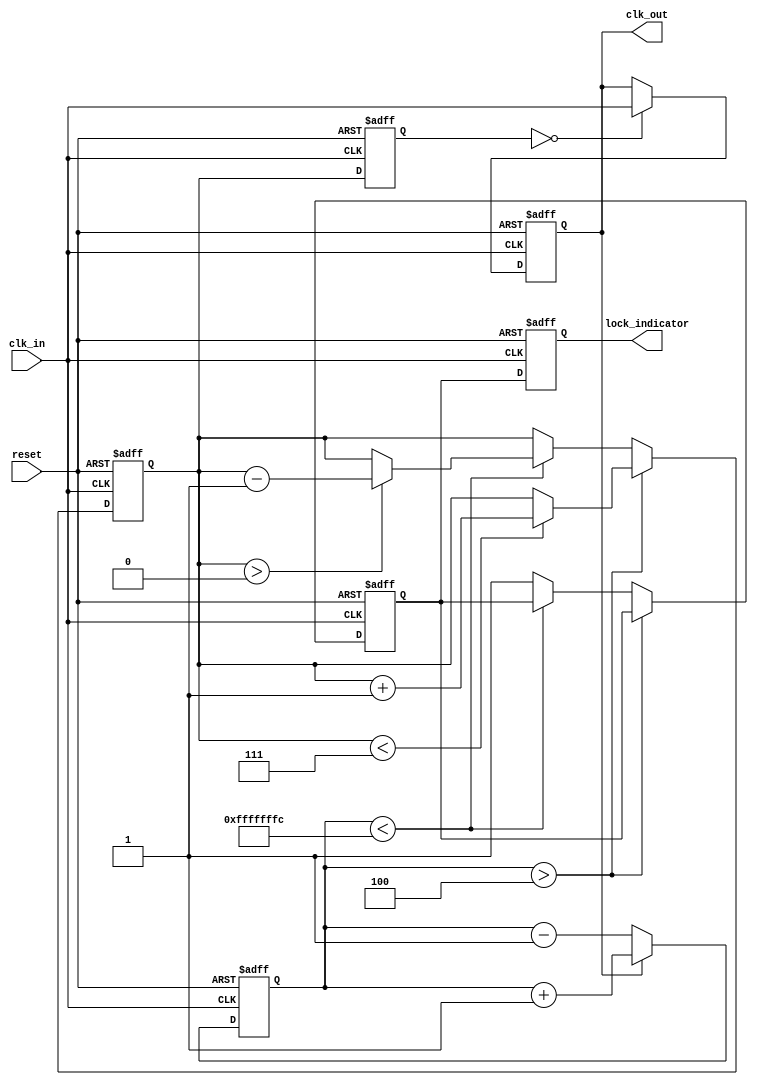
module MemoryBlocksDLL (
    input wire clk_in,          // Input clock signal
    input wire reset,           // Reset signal
    output reg clk_out,         // Output clock signal
    output reg lock_indicator    // Lock indicator signal
);

    // Parameters
    parameter NUM_DELAY_ELEMENTS = 8; // Number of delay elements
    parameter DELAY_STEP = 1;          // Delay step size

    // Internal signals
    reg [NUM_DELAY_ELEMENTS-1:0] delay_elements; // Delay elements (memory blocks)
    reg [3:0] phase_error;                    // Phase error signal
    reg [3:0] delay_control;                   // Control signal for delay adjustment
    reg [3:0] current_delay;                   // Current delay setting
    reg locked;                                // Lock status

    // Phase Detector
    always @(posedge clk_in or posedge reset) begin
        if (reset) begin
            phase_error <= 0;
        end else begin
            // Simple phase comparison logic (for illustration)
            if (clk_out) begin
                phase_error <= phase_error + 1; // Increment error if output is high
            end else begin
                phase_error <= phase_error - 1; // Decrement error if output is low
            end
        end
    end

    // Control Logic
    always @(posedge clk_in or posedge reset) begin
        if (reset) begin
            delay_control <= 0;
            locked <= 0;
        end else begin
            // Adjust delay based on phase error
            if (phase_error > 4) begin
                // Output is lagging, increase delay
                if (delay_control < NUM_DELAY_ELEMENTS - 1) begin
                    delay_control <= delay_control + DELAY_STEP;
                end
            end else if (phase_error < -4) begin
                // Output is leading, decrease delay
                if (delay_control > 0) begin
                    delay_control <= delay_control - DELAY_STEP;
                end
            end else begin
                // Phase is aligned
                locked <= 1;
            end
        end
    end

    // Delay Elements (Memory Blocks)
    always @(posedge clk_in or posedge reset) begin
        if (reset) begin
            current_delay <= 0;
            clk_out <= 0;
        end else begin
            // Update current delay based on control signal
            current_delay <= delay_control;
            // Generate output clock based on current delay
            clk_out <= (current_delay == 0) ? clk_in : clk_out; // Simplified for illustration
        end
    end

    // Lock Indicator
    always @(posedge clk_in or posedge reset) begin
        if (reset) begin
            lock_indicator <= 0;
        end else begin
            lock_indicator <= locked;
        end
    end

endmodule